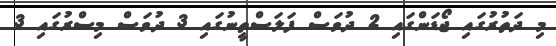
މި ދަތުރުގައި ޖޯޑަންގައި 2 ދުވަސް ފަލަސްތީނުގައި 3 ދުވަސް މިސްރުގައި 3